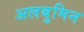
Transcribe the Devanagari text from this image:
अलबुमिन